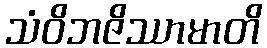
သံဝိဘဇိဿာမာတိ